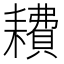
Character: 𫅿